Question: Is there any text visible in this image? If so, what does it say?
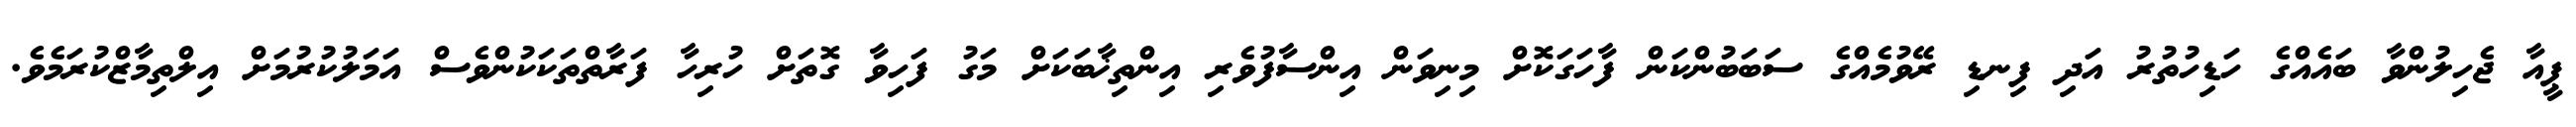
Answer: ޕީއާ ޖެހިލުންވާ ބައެއްގެ ހަޑިހުތުރު އަދި ފިނޑި ރޭވުމެއްގެ ސަބަބުންކަން ފާހަގަކޮށް މިނިވަން އިންސާފުވެރި އިންތިޚާބަކަށް މަގު ފަހިވާ ގޮތަށް ހުރިހާ ފަރާތްތަކަކުންވެސް އަމަލުކުރުމަށް އިލްތިމާޒްކުރަމެވެ.